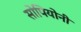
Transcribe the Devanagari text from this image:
सोपियोनी